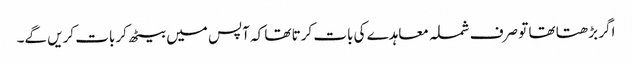
اگر بڑھتا تھا تو صرف شملہ معاہدے کی بات کرتا تھا کہ آپس میں بیٹھ کر بات کریں گے۔